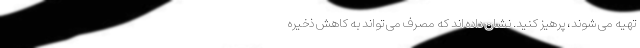
تهیه می شوند، پرهیز کنید. نشان داده اند که مصرف می تواند به کاهش ذخیره